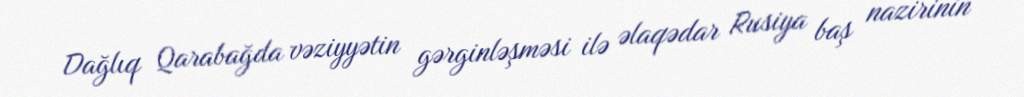
Dağlıq Qarabağda vəziyyətin gərginləşməsi ilə əlaqədar Rusiya baş nazirinin